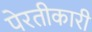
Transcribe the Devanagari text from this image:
पेरतीकारी